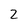
Character: 2